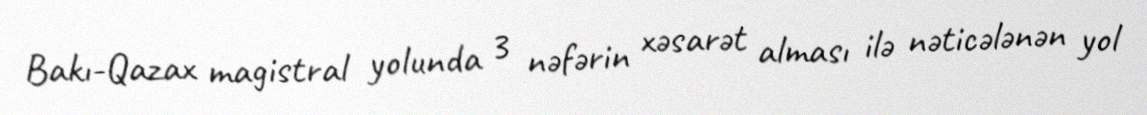
Bakı-Qazax magistral yolunda 3 nəfərin xəsarət alması ilə nəticələnən yol